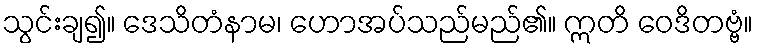
သွင်းချ၍။ ဒေသိတံနာမ၊ ဟောအပ်သည်မည်၏။ ဣတိ ဝေဒိတဗ္ဗံ။